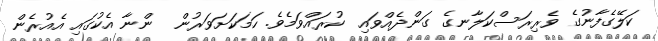
ކަލޭގެފާނުގެ ވެރިރަސްކަލާނގެ ގަންދެއްވައި  ކުރައްވަމެވެ. ހަމަކަށަވަރުން  ންނާ އެކުގައި އެއުރެން